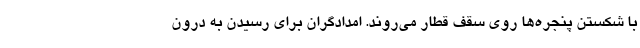
با شکستن پنجره‌ها روی سقف قطار می‌روند. امدادگران برای رسیدن به درون